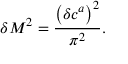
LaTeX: \delta M ^ { 2 } = \frac { \left( \delta c ^ { a } \right) ^ { 2 } } { \pi ^ { 2 } } .